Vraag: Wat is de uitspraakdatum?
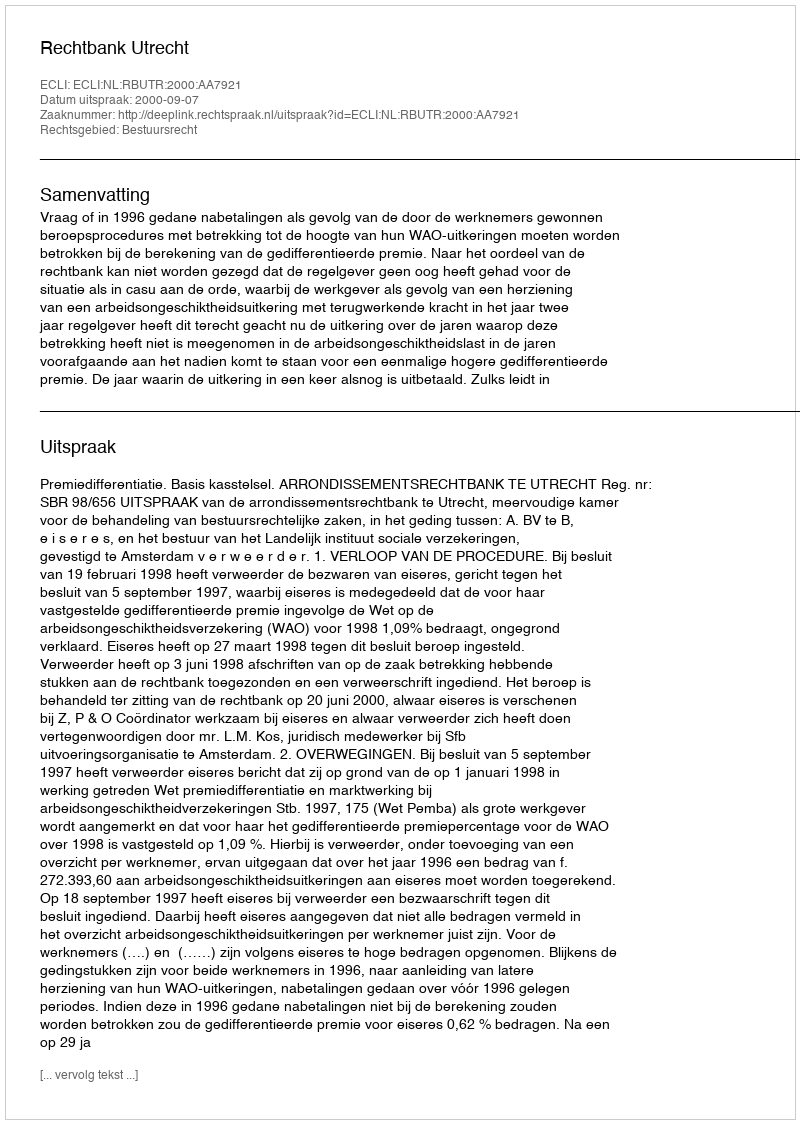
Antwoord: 2000-09-07